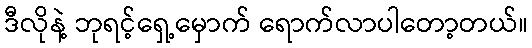
ဒီလိုနဲ့ ဘုရင့်ရှေ့မှောက် ရောက်လာပါတော့တယ်။